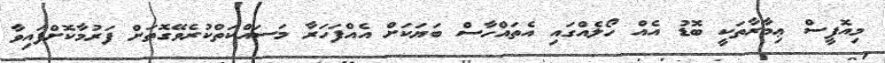
މިއޮފީސް ޢިމާރާތަކީ ބޮޑު އެއް ހޯލެއްގައި އެތައްހާސް ބަޔަކަށް އެއްފަހަރާ މަސައްކަތްކުރެވޭގޮތަށް ފަރުމާކޮށްފައިވާ